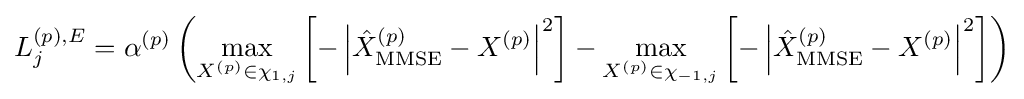
L_{j}^{(p),E}=\alpha ^{(p)}\left(\max _{X^{(p)}\in \chi _{1,j}}\left[-\left|{\hat {X}}_{\mathrm {MMSE} }^{(p)}-X^{(p)}\right|^{2}\right]-\max _{X^{(p)}\in \chi _{-1,j}}\left[-\left|{\hat {X}}_{\mathrm {MMSE} }^{(p)}-X^{(p)}\right|^{2}\right]\right)